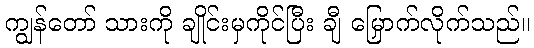
ကျွန်တော် သားကို ချိုင်းမှကိုင်ပြီး ချီ မြှောက်လိုက်သည်။